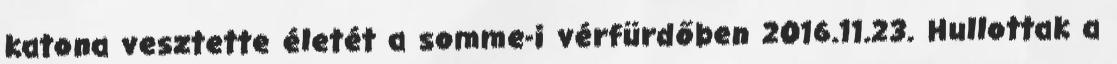
katona vesztette életét a somme-i vérfürdőben 2016.11.23. Hullottak a